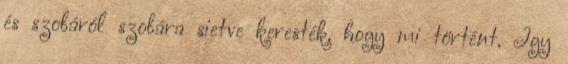
és szobáról szobára sietve keresték, hogy mi történt. Így